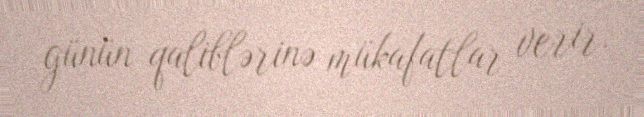
günün qaliblərinə mükafatlar verir.